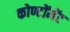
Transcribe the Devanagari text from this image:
कोण्टोंमेंट